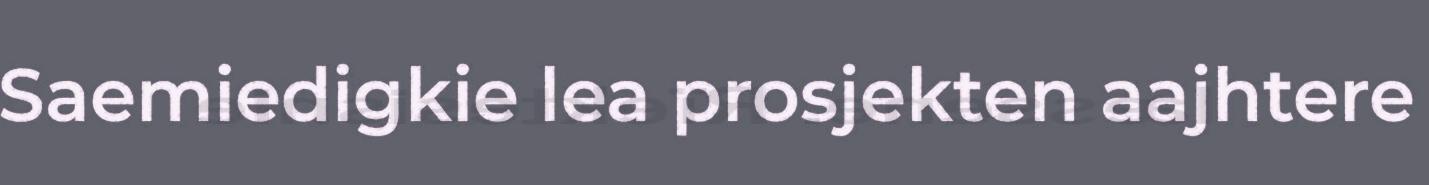
Saemiedigkie lea prosjekten aajhtere